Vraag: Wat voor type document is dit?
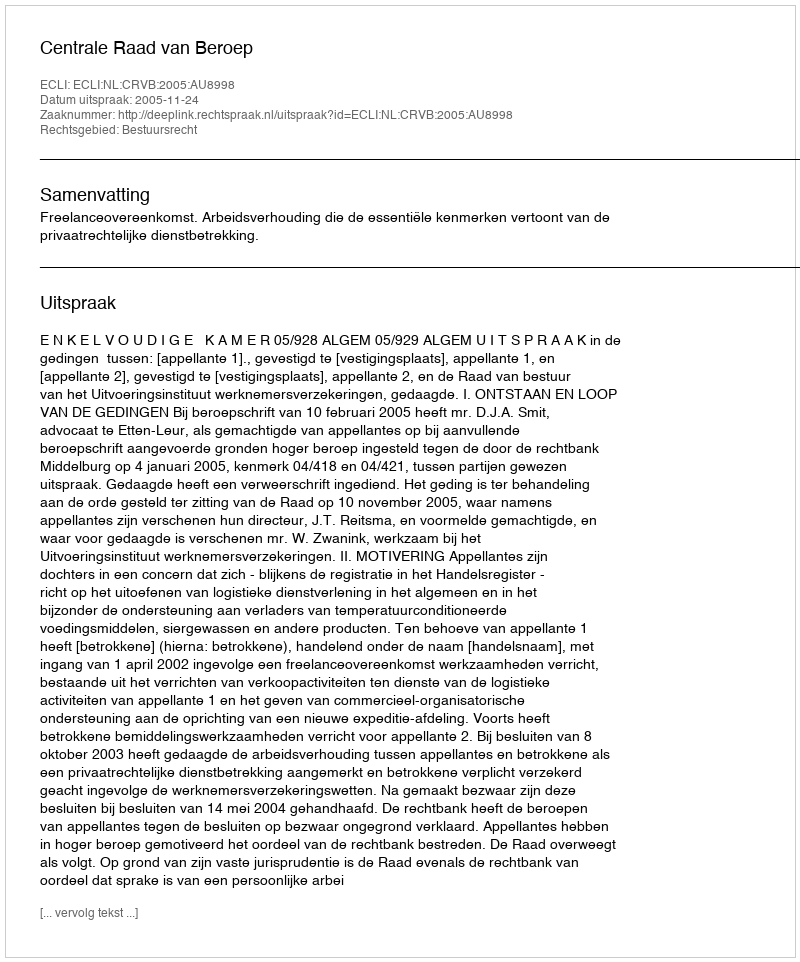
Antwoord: Uitspraak